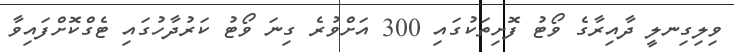
ވިލިގިނލީ ދާއިރާގެ ވޯޓު ފޮށިތަކުގައި 300 އަށްވުރެ ގިނަ ވޯޓު ކަރުދާހުގައި ޓެގްކޮށްފައިވާ